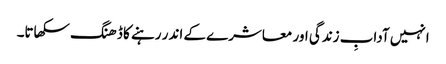
انہیں آدابِ زندگی اور معاشرے کے اندر رہنے کا ڈھنگ سکھاتا۔